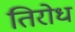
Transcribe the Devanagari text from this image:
तिरोध